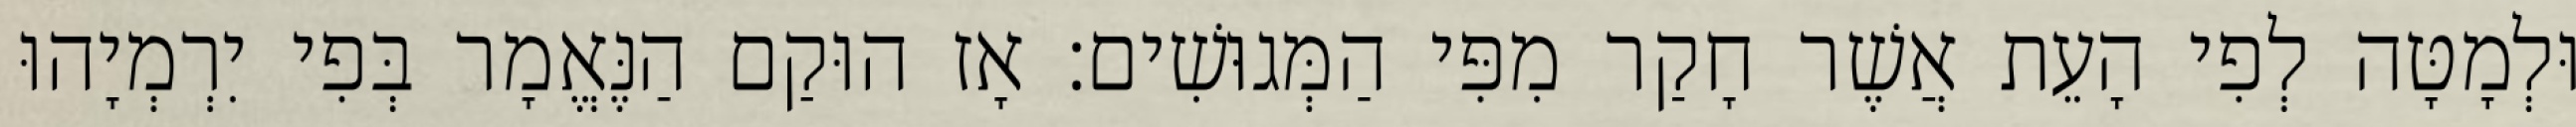
וּלְמָטָּה לְפִי הָעֵת אֲשֶׁר חָקַר מִפִּי הַמְּגוּשִׁים׃ אָז הוּקַם הַנֶּאֱמָר בְּפִי יִרְמְיָהוּ